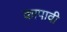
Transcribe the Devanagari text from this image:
कापावी